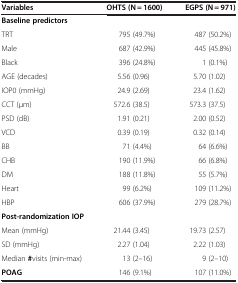
<table><thead><tr><td><b>Variables</b></td><td><b>OHTS (N = 1600)</b></td><td><b>EGPS (N = 971)</b></td></tr></thead><tbody><tr><td><b>Baseline predictors</b></td><td> </td><td> </td></tr><tr><td>TRT</td><td>795 (49.7%)</td><td>487 (50.2%)</td></tr><tr><td>Male</td><td>687 (42.9%)</td><td>445 (45.8%)</td></tr><tr><td>Black</td><td>396 (24.8%)</td><td>1 (0.1%)</td></tr><tr><td>AGE (decades)</td><td>5.56 (0.96)</td><td>5.70 (1.02)</td></tr><tr><td>IOP0 (mmHg)</td><td>24.9 (2.69)</td><td>23.4 (1.62)</td></tr><tr><td>CCT (μm)</td><td>572.6 (38.5)</td><td>573.3 (37.5)</td></tr><tr><td>PSD (dB)</td><td>1.91 (0.21)</td><td>2.00 (0.52)</td></tr><tr><td>VCD</td><td>0.39 (0.19)</td><td>0.32 (0.14)</td></tr><tr><td>BB</td><td>71 (4.4%)</td><td>64 (6.6%)</td></tr><tr><td>CHB</td><td>190 (11.9%)</td><td>66 (6.8%)</td></tr><tr><td>DM</td><td>188 (11.8%)</td><td>55 (5.7%)</td></tr><tr><td>Heart</td><td>99 (6.2%)</td><td>109 (11.2%)</td></tr><tr><td>HBP</td><td>606 (37.9%)</td><td>279 (28.7%)</td></tr><tr><td><b>Post-randomization IOP</b></td><td> </td><td> </td></tr><tr><td>Mean (mmHg)</td><td>21.44 (3.45)</td><td>19.73 (2.57)</td></tr><tr><td>SD (mmHg)</td><td>2.27 (1.04)</td><td>2.22 (1.03)</td></tr><tr><td>Median <b>#</b>visits (min-max)</td><td>13 (2–16)</td><td>9 (2–10)</td></tr><tr><td><b>POAG</b></td><td>146 (9.1%)</td><td>107 (11.0%)</td></tr></tbody></table>